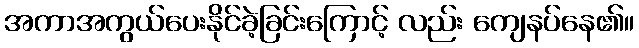
အကာအကွယ်ပေးနိုင်ခဲ့ခြင်းကြောင့် လည်း ကျေနပ်နေ၏။